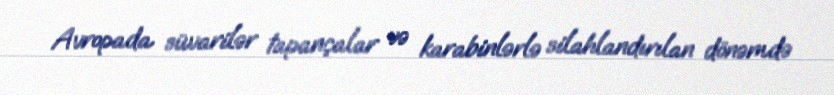
Avropada süvarilər tapançalar və karabinlərlə silahlandırılan dönəmdə